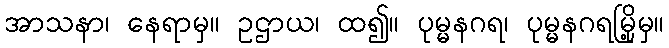
အာသနာ၊ နေရာမှ။ ဥဌာယ၊ ထ၍။ ပုမ္မနဂရ၊ ပုမ္မနဂရမြို့မှ။